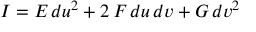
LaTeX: I = E \, d u ^ { 2 } + 2 \, F \, d u \, d v + G \, d v ^ { 2 }